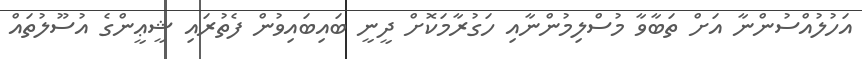
އަހުލުއްސުންނާ އަށް ތަބާވާ މުސްލިމުންނާއި ހަގުރާމަކޮށް ދީނީ ބައިބައިވުން ފެތުރައި ޝީޢީންގެ އުސޫލުތައް